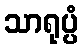
သာရုပ္ပံ